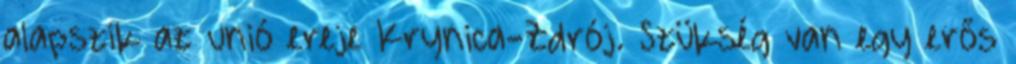
alapszik az unió ereje Krynica-Zdrój. Szükség van egy erős